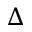
\Delta